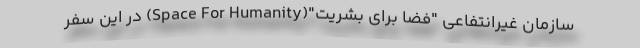
سازمان غیرانتفاعی "فضا برای بشریت"(Space For Humanity) در این سفر